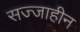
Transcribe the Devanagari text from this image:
सज्जाहीन